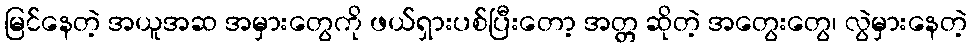
မြင်နေတဲ့ အယူအဆ အမှားတွေကို ဖယ်ရှားပစ်ပြီးတော့ အတ္တ ဆိုတဲ့ အတွေးတွေ၊ လွဲမှားနေတဲ့